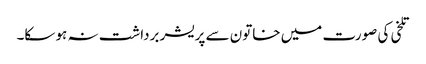
تلخی کی صورت میں خاتون سے پریشر برداشت نہ ہو سکا۔